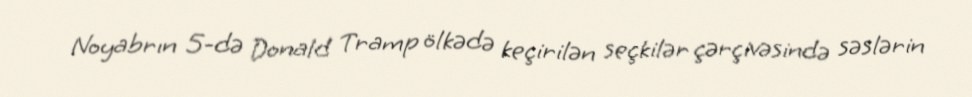
Noyabrın 5-də Donald Tramp ölkədə keçirilən seçkilər çərçivəsində səslərin